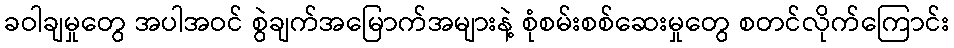
ခဝါချမှုတွေ အပါအဝင် စွဲချက်အမြောက်အများနဲ့ စုံစမ်းစစ်ဆေးမှုတွေ စတင်လိုက်ကြောင်း